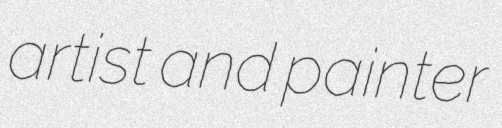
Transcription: artist and painter